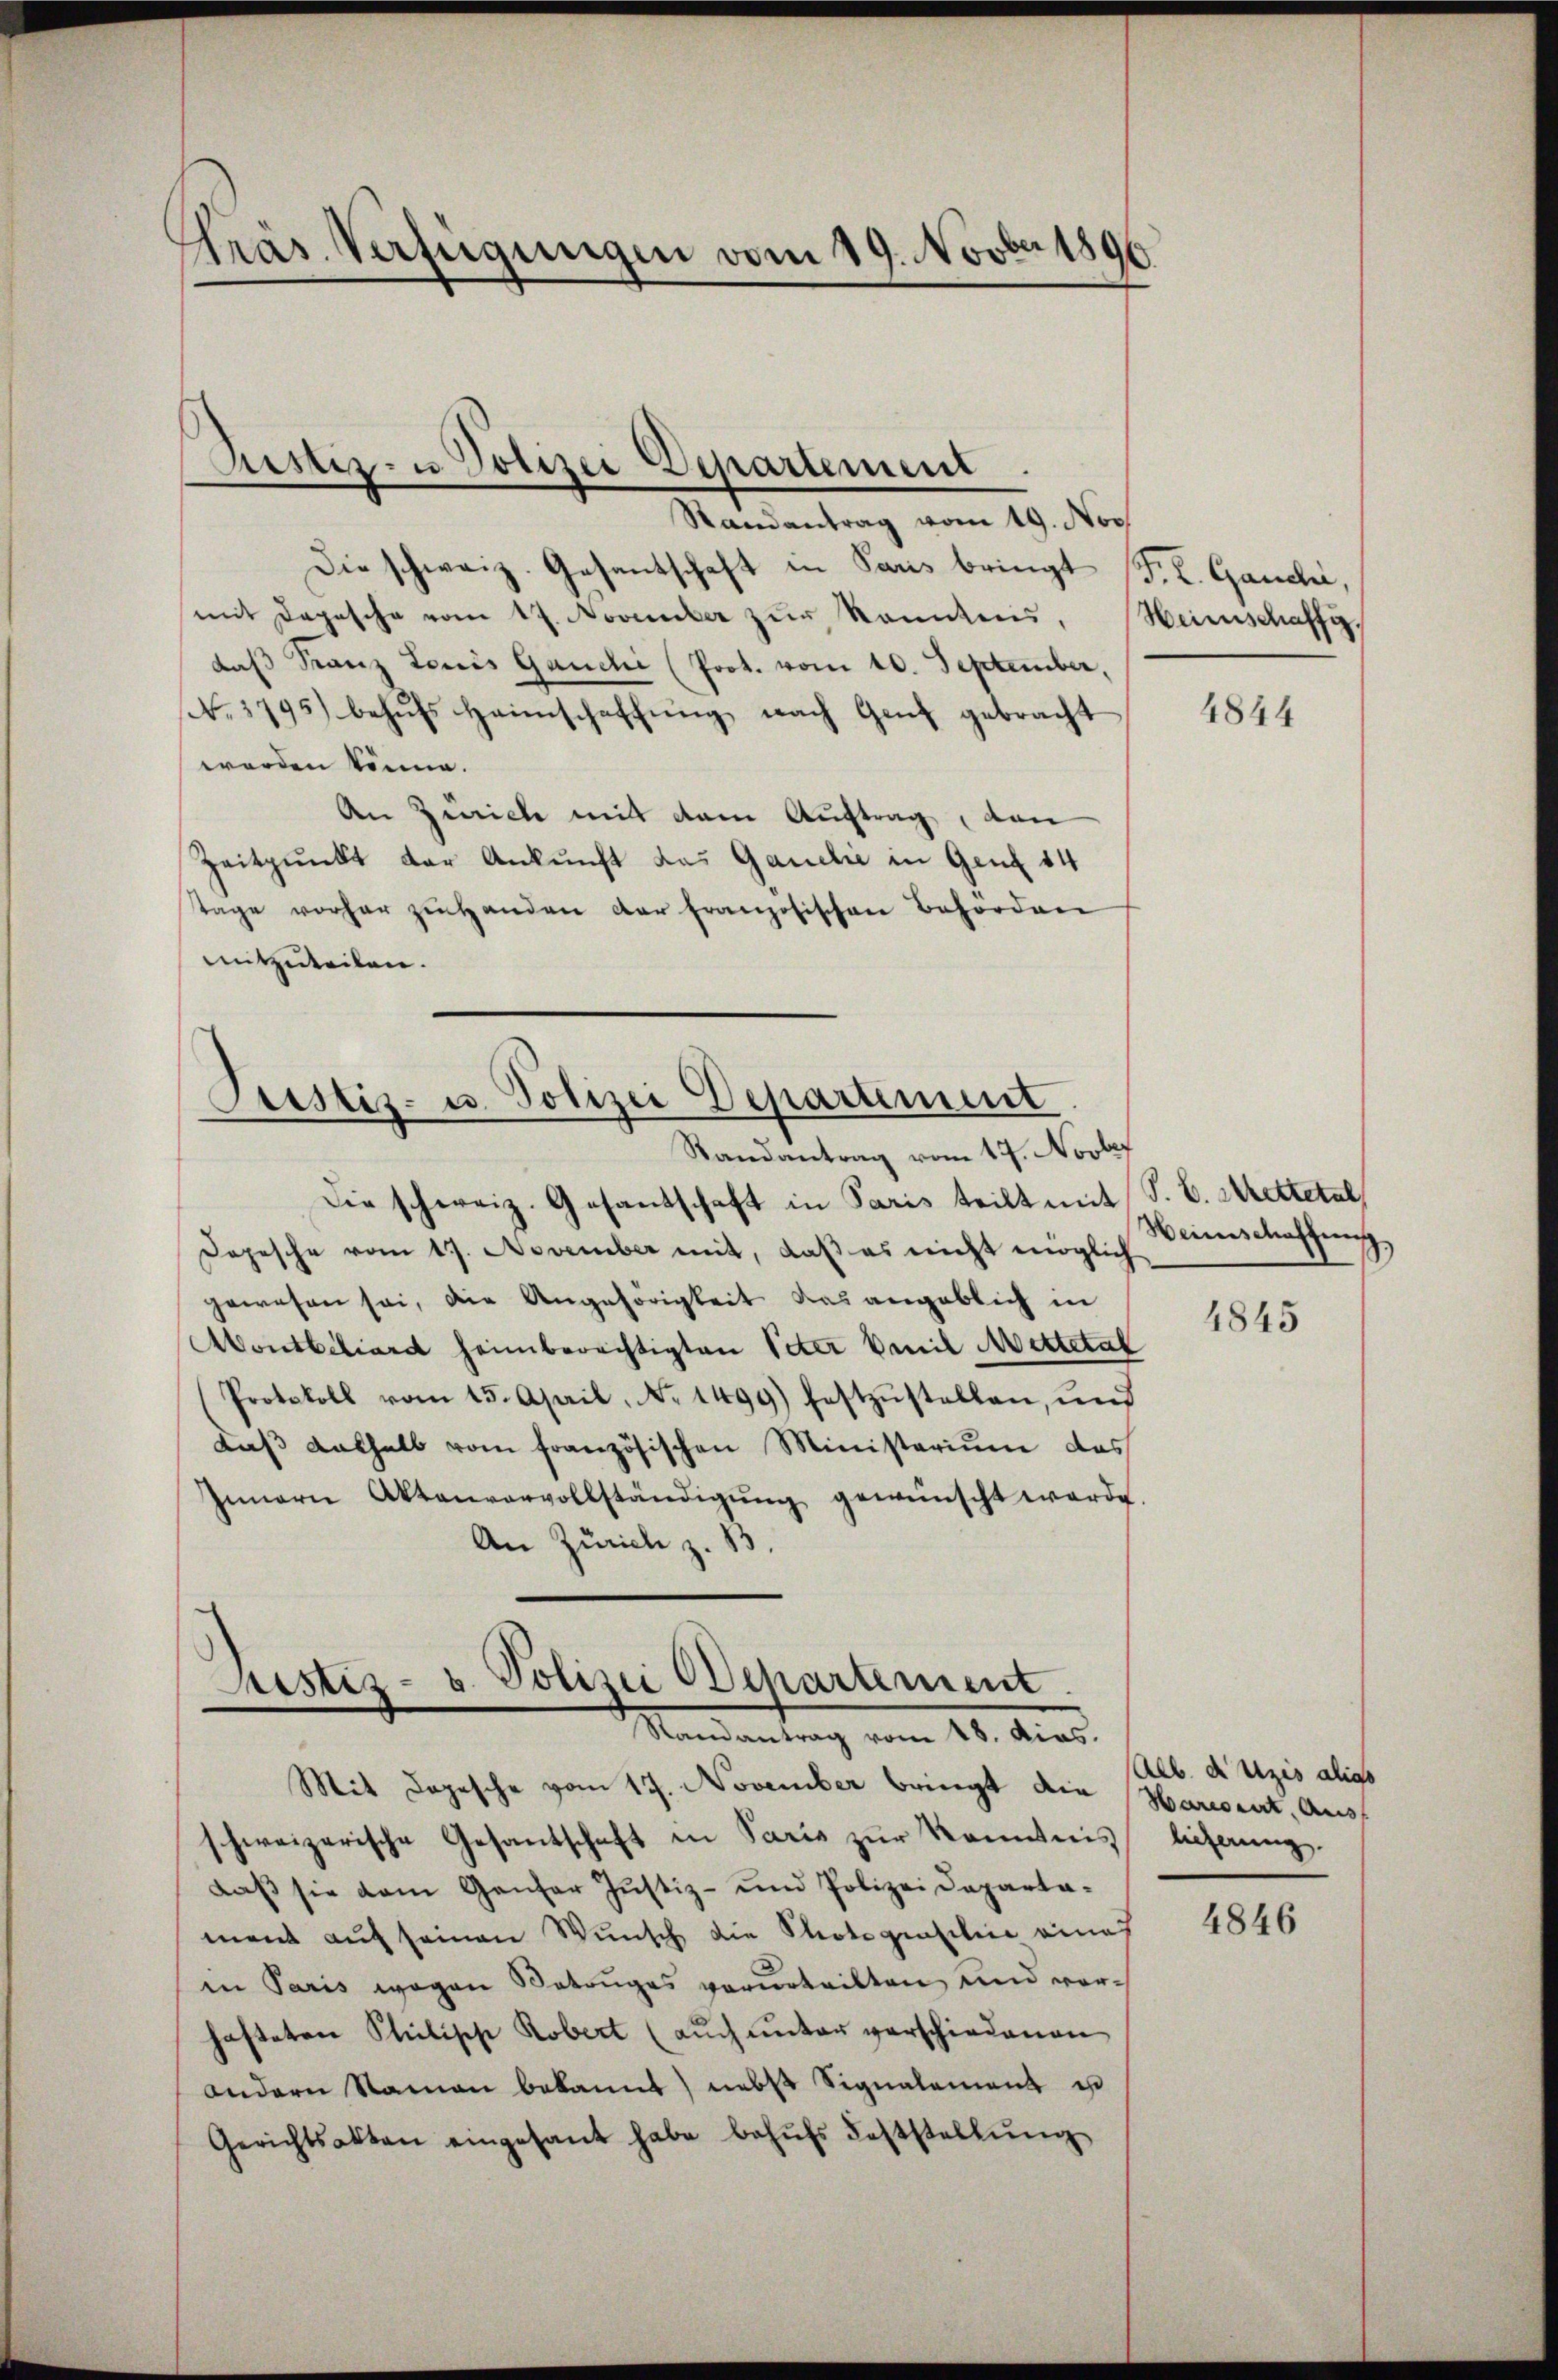
Präs. Verfügungen vom 19. Novber 1896

Justiz- u. Polizei Departement

Randantrag vom 19. Nov.
Die schweiz. Gesantschaft in Paris bringt
mit Depesche vom 17. November zŭr kanntens,
daß Franz Louis Ganchi (Prot. vom 10. September,
N. 1795) behufs Heimschaffung nach Genf gebracht
worden könne.
An Zürich mit dem Auftrag, dan
Zeitpunkt der Ankunft das Ganelie in Genf 14
tage vorher ziehanden der französischen Behörden
mitzuteilen.

Justiz- u. Polizei Departement
Randantrag vom 17. Novbef

Justiz- u. Polizei Departement.
Randantrag vom 18. dies.

F. L. Ganchi,
Heimschaff

Die schweiz. Gesandschaft in Paris teilt mit S. B. Mettetal
Dopesche vom 17. November mit, daß es nicht möglich
gewesen sei, die Angehörigkeit das angeblich in
Aoutbiliard heimberechtigten Peter Vanil Mettetal
Protokoll vom 15. April, No. 1499) festzŭstellen, ŭnd
daβ Aathalb vom französischen Ministerium das
Innern Aktenvervollständigŭng gewünscht werde.
An Zürich z. B.

Mit Depesche vom 17. November bringt die Harmonirt, Ausschweizerische Gesandschaft in Paris zŭr Kenntnis
daß sie vom Ganzer Justiz- und Polizei Departa-
ment auf seinen Wunsch die Photograsilien eines
in Paris wegen Betruges verurteilten, und vorhafteten Stielische Robert (auch unter verschiedenen
andern Namen bekannt) nebst Signalement es
Gerichtsakten eingesant habe behŭfs Feststellŭng

4844

Heinschaffens,

4845

Alb. d. Uzis alios
lieferung.

4846